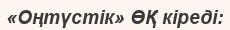
«Оңтүстік» ӨҚ кіреді: